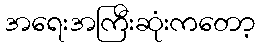
အရေးအကြီးဆုံးကတော့